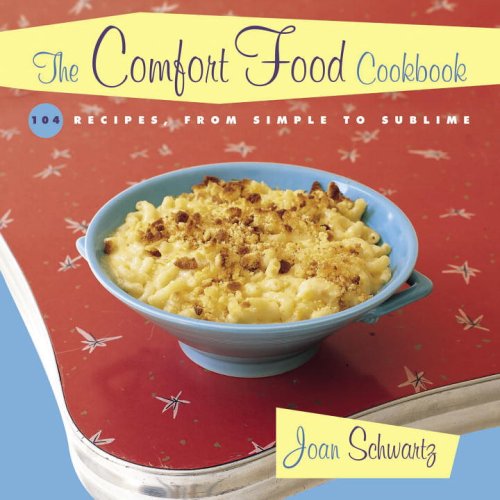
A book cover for The Comfort Food Cookbook: Macaroni & Cheese and Meat & Potatoes: 104 Recipes, from Simple to Sublime; Joan Schwartz; Cookbooks, Food & Wine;